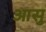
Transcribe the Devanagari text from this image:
आसु